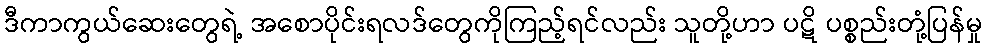
ဒီကာကွယ်ဆေးတွေရဲ့ အစောပိုင်းရလဒ်တွေကိုကြည့်ရင်လည်း သူတို့ဟာ ပဋိ ပစ္စည်းတုံ့ပြန်မှု